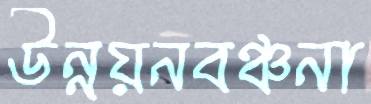
উন্নয়নবঞ্চনা